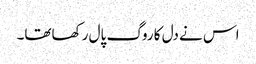
اس نے دل کا روگ پال رکھاتھا۔